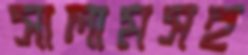
সালামসহ